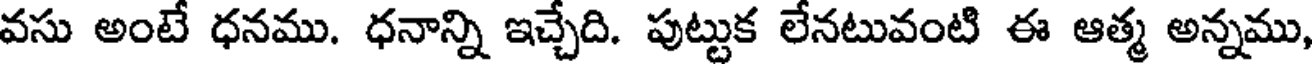
వసు అంటే ధనము. ధనాన్ని ఇచ్చేది. పుట్టుక లేనటువంటి ఈ ఆత్మ అన్నము,